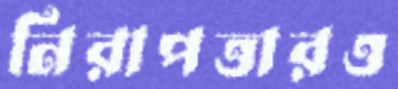
নিরাপত্তারও